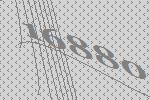
16880